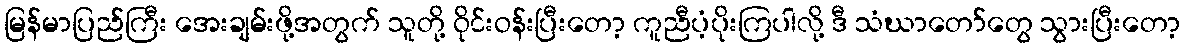
မြန်မာပြည်ကြီး အေးချမ်းဖို့အတွက် သူတို့ ဝိုင်းဝန်းပြီးတော့ ကူညီပံ့ပိုးကြပါလို့ ဒီ သံဃာတော်တွေ သွားပြီးတော့